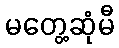
မတွေ့ဆုံမီ